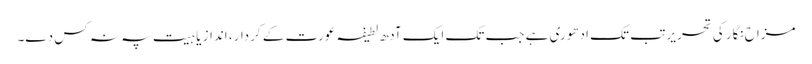
مزاح نگار کی تحریر تب تک ادھوری ہے جب تک ایک آدھ لطیفہ عورت کے کردار، انداز یا ہیت پہ نہ کس دے۔